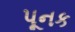
પૂનક